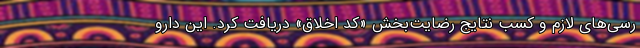
رسی‌های لازم و کسب نتایج رضایت‌بخش «کد اخلاق» دریافت کرد. این دارو